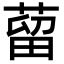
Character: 蒥